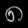
Digit: ၈